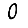
Digit: 0